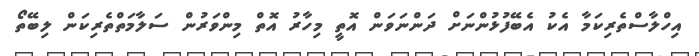
އިހްލާސްތެރިކަމާ އެކު އެބޭފުޅުންނަށް ދަންނަވަން އޮތީ މިހާރު އޮތް މިންވަރުން ސަލާމަތްތެރިކަން ލިބޭތޯ